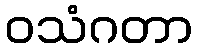
ဝသံဂတာ